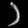
Digit: ၁